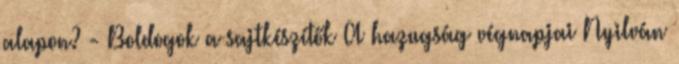
alapon? - Boldogok a sajtkészítők A hazugság végnapjai Nyilván